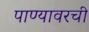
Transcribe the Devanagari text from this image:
पाण्यावरची